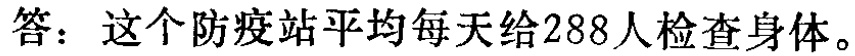
答：这个防疫站平均每天给288人检查身体。